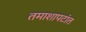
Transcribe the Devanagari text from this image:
तमाशापटांत